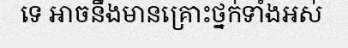
ទេ អាចនឹងមានគ្រោះថ្នក់ទាំងអស់